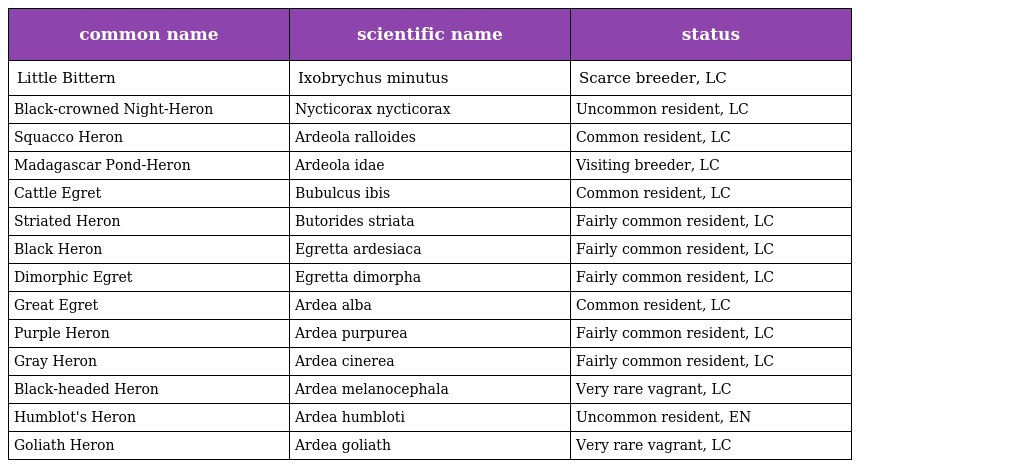
| common name | scientific name | status |
 | --- | --- | --- |
 | Little Bittern | Ixobrychus minutus | Scarce breeder, LC |
 | Black-crowned Night-Heron | Nycticorax nycticorax | Uncommon resident, LC |
 | Squacco Heron | Ardeola ralloides | Common resident, LC |
 | Madagascar Pond-Heron | Ardeola idae | Visiting breeder, LC |
 | Cattle Egret | Bubulcus ibis | Common resident, LC |
 | Striated Heron | Butorides striata | Fairly common resident, LC |
 | Black Heron | Egretta ardesiaca | Fairly common resident, LC |
 | Dimorphic Egret | Egretta dimorpha | Fairly common resident, LC |
 | Great Egret | Ardea alba | Common resident, LC |
 | Purple Heron | Ardea purpurea | Fairly common resident, LC |
 | Gray Heron | Ardea cinerea | Fairly common resident, LC |
 | Black-headed Heron | Ardea melanocephala | Very rare vagrant, LC |
 | Humblot's Heron | Ardea humbloti | Uncommon resident, EN |
 | Goliath Heron | Ardea goliath | Very rare vagrant, LC |